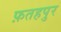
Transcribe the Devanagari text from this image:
फ़तहपुर